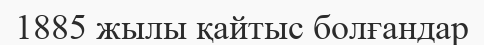
1885 жылы қайтыс болғандар